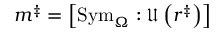
m ^ { \ddag } = \left[ \mathrm { S y m } _ { \Omega } : \mathfrak { U } \left( r ^ { \ddag } \right) \right]